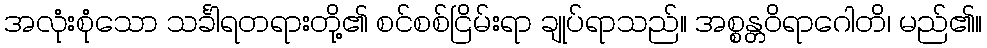
အလုံးစုံသော သင်္ခါရတရားတို့၏ စင်စစ်ငြိမ်းရာ ချုပ်ရာသည်။ အစ္စန္တဝိရာဂေါတိ၊ မည်၏။